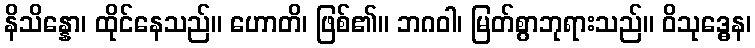
နိသိန္နော၊ ထိုင်နေသည်။ ဟောတိ၊ ဖြစ်၏။ ဘဂဝါ၊ မြတ်စွာဘုရားသည်။ ဝိသုဒ္ဓေန၊